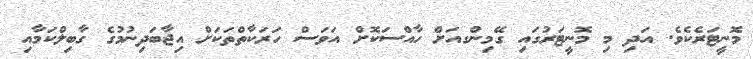
މޮނީޓަރެކެވެ. އަދި މި މޮނީޓަރުގައި ގޭމިންގއަށް ހާއްސަކޮށް އަވަސް ހަރަކާތްތަކަށް އިޖާބަދިނުމުގެ ގާބިލްކަމާއި